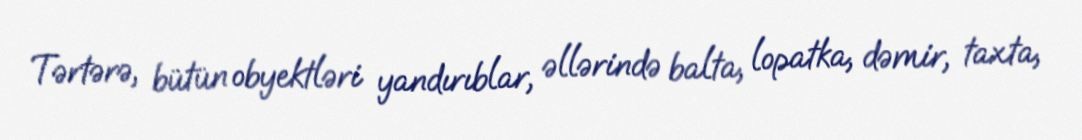
Tərtərə, bütün obyektləri yandırıblar, əllərində balta, lopatka, dəmir, taxta,